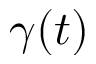
\gamma ( t )